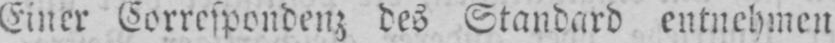
Einer Correspondenz des Standard entnehmen